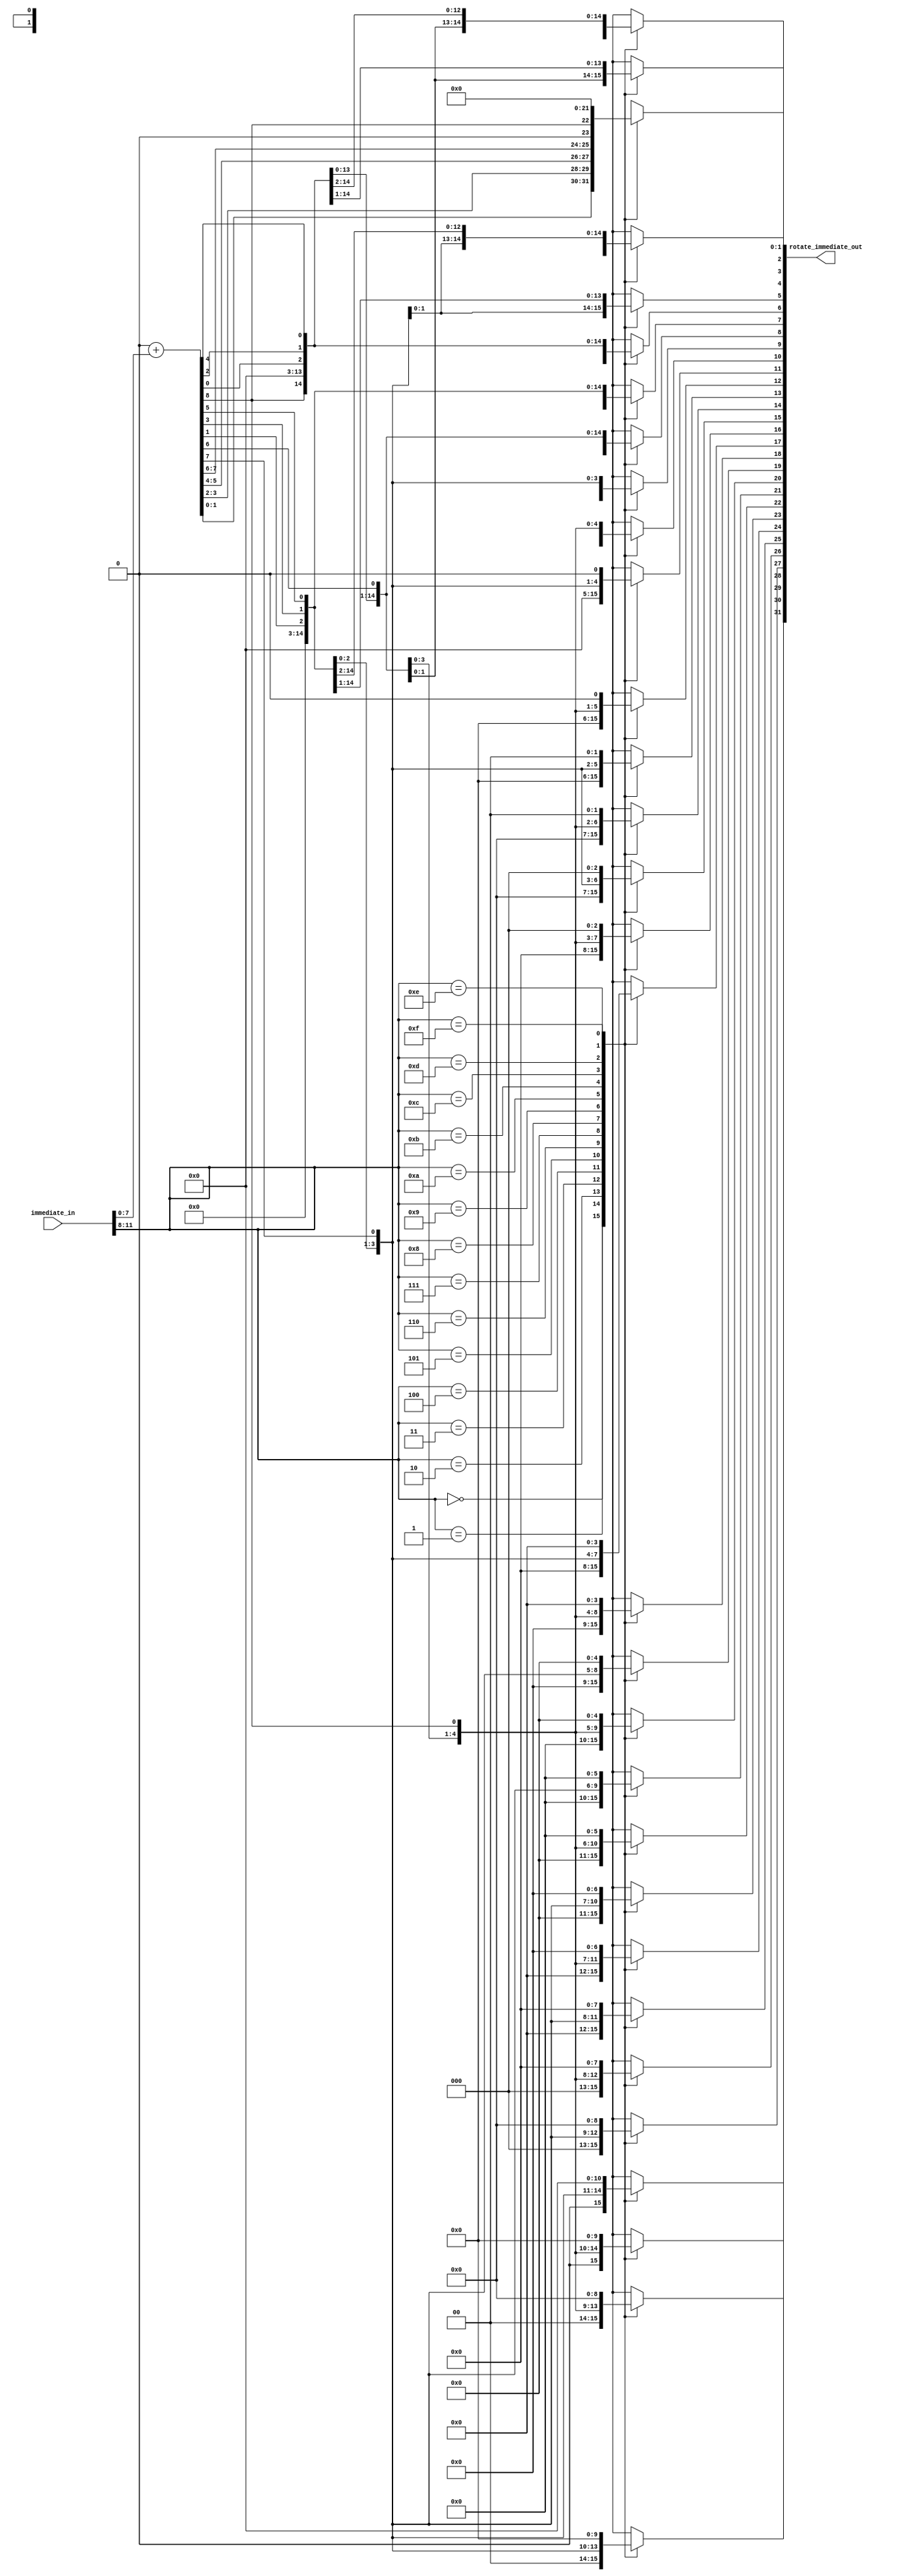
module rotate(immediate_in,rotate_immediate_out);

input [11:0]immediate_in;
output reg[31:0]rotate_immediate_out;

reg 	[31:0]extend_immediate_in;
reg 	[31:0]temp;


always@(*)begin

temp=32'b0;
extend_immediate_in=temp+immediate_in[7:0];
temp=extend_immediate_in;
	case(immediate_in[11:8])
	4'b0000:rotate_immediate_out=extend_immediate_in;
	4'b0001:begin
			  rotate_immediate_out=temp>>2;
			  rotate_immediate_out[31]=extend_immediate_in[1];
			  rotate_immediate_out[30]=extend_immediate_in[0];
			  end
	4'b0010:begin
			  rotate_immediate_out=temp>>4;
			  rotate_immediate_out[31]=extend_immediate_in[3];
			  rotate_immediate_out[30]=extend_immediate_in[2];
			  rotate_immediate_out[29]=extend_immediate_in[1];
			  rotate_immediate_out[28]=extend_immediate_in[0];
			  end
	4'b0011:begin
			  rotate_immediate_out=temp>>6;
			  rotate_immediate_out[31]=extend_immediate_in[5];
			  rotate_immediate_out[30]=extend_immediate_in[4];
			  rotate_immediate_out[29]=extend_immediate_in[3];
			  rotate_immediate_out[28]=extend_immediate_in[2];
			  rotate_immediate_out[27]=extend_immediate_in[1];
			  rotate_immediate_out[26]=extend_immediate_in[0];
			  end
	4'b0100:begin
			  rotate_immediate_out=temp>>8;
			  rotate_immediate_out[31]=extend_immediate_in[7];
			  rotate_immediate_out[30]=extend_immediate_in[6];
			  rotate_immediate_out[29]=extend_immediate_in[5];
			  rotate_immediate_out[28]=extend_immediate_in[4];
			  rotate_immediate_out[27]=extend_immediate_in[3];
			  rotate_immediate_out[26]=extend_immediate_in[2];
			  rotate_immediate_out[25]=extend_immediate_in[1];
			  rotate_immediate_out[24]=extend_immediate_in[0];
			  end
	4'b0101:begin
			  rotate_immediate_out=temp>>10;
			  rotate_immediate_out[31]=extend_immediate_in[9];
			  rotate_immediate_out[30]=extend_immediate_in[8];
			  rotate_immediate_out[29]=extend_immediate_in[7];
			  rotate_immediate_out[28]=extend_immediate_in[6];
			  rotate_immediate_out[27]=extend_immediate_in[5];
			  rotate_immediate_out[26]=extend_immediate_in[4];
			  rotate_immediate_out[25]=extend_immediate_in[3];
			  rotate_immediate_out[24]=extend_immediate_in[2];
			  rotate_immediate_out[23]=extend_immediate_in[1];
			  rotate_immediate_out[22]=extend_immediate_in[0];
			  end
	4'b0110:begin
			  rotate_immediate_out=temp>>12;
			  rotate_immediate_out[31]=extend_immediate_in[11];
			  rotate_immediate_out[30]=extend_immediate_in[10];
			  rotate_immediate_out[29]=extend_immediate_in[9];
			  rotate_immediate_out[28]=extend_immediate_in[8];
			  rotate_immediate_out[27]=extend_immediate_in[7];
			  rotate_immediate_out[26]=extend_immediate_in[6];
			  rotate_immediate_out[25]=extend_immediate_in[5];
			  rotate_immediate_out[24]=extend_immediate_in[4];
			  rotate_immediate_out[23]=extend_immediate_in[3];
			  rotate_immediate_out[22]=extend_immediate_in[2];
			  rotate_immediate_out[21]=extend_immediate_in[1];
			  rotate_immediate_out[20]=extend_immediate_in[0];
			  end
	4'b0111:begin
			  rotate_immediate_out=temp>>14;
			  rotate_immediate_out[31]=extend_immediate_in[13];
			  rotate_immediate_out[30]=extend_immediate_in[12];
			  rotate_immediate_out[29]=extend_immediate_in[11];
			  rotate_immediate_out[28]=extend_immediate_in[10];
			  rotate_immediate_out[27]=extend_immediate_in[9];
			  rotate_immediate_out[26]=extend_immediate_in[8];
			  rotate_immediate_out[25]=extend_immediate_in[7];
			  rotate_immediate_out[24]=extend_immediate_in[6];
			  rotate_immediate_out[23]=extend_immediate_in[5];
			  rotate_immediate_out[22]=extend_immediate_in[4];
			  rotate_immediate_out[21]=extend_immediate_in[3];
			  rotate_immediate_out[20]=extend_immediate_in[2];
			  rotate_immediate_out[19]=extend_immediate_in[1];
			  rotate_immediate_out[18]=extend_immediate_in[0];
			  end
	4'b1000:begin
			  rotate_immediate_out=temp>>16;
			  rotate_immediate_out[31]=extend_immediate_in[15];
			  rotate_immediate_out[30]=extend_immediate_in[14];
			  rotate_immediate_out[29]=extend_immediate_in[13];
			  rotate_immediate_out[28]=extend_immediate_in[12];
			  rotate_immediate_out[27]=extend_immediate_in[11];
			  rotate_immediate_out[26]=extend_immediate_in[10];
			  rotate_immediate_out[25]=extend_immediate_in[9];
			  rotate_immediate_out[24]=extend_immediate_in[8];
			  rotate_immediate_out[23]=extend_immediate_in[7];
			  rotate_immediate_out[22]=extend_immediate_in[6];
			  rotate_immediate_out[21]=extend_immediate_in[5];
			  rotate_immediate_out[20]=extend_immediate_in[4];
			  rotate_immediate_out[19]=extend_immediate_in[3];
			  rotate_immediate_out[18]=extend_immediate_in[2];
			  rotate_immediate_out[17]=extend_immediate_in[1];
			  rotate_immediate_out[16]=extend_immediate_in[0];
			  end
	4'b1001:begin
			  rotate_immediate_out=temp>>18;
			  rotate_immediate_out[31]=extend_immediate_in[17];
			  rotate_immediate_out[30]=extend_immediate_in[16];
			  rotate_immediate_out[29]=extend_immediate_in[15];
			  rotate_immediate_out[28]=extend_immediate_in[14];
			  rotate_immediate_out[27]=extend_immediate_in[13];
			  rotate_immediate_out[26]=extend_immediate_in[12];
			  rotate_immediate_out[25]=extend_immediate_in[11];
			  rotate_immediate_out[24]=extend_immediate_in[10];
			  rotate_immediate_out[23]=extend_immediate_in[9];
			  rotate_immediate_out[22]=extend_immediate_in[8];
			  rotate_immediate_out[21]=extend_immediate_in[7];
			  rotate_immediate_out[20]=extend_immediate_in[6];
			  rotate_immediate_out[19]=extend_immediate_in[5];
			  rotate_immediate_out[18]=extend_immediate_in[4];
			  rotate_immediate_out[17]=extend_immediate_in[3];
			  rotate_immediate_out[16]=extend_immediate_in[2];
			  rotate_immediate_out[15]=extend_immediate_in[1];
			  rotate_immediate_out[14]=extend_immediate_in[0];
			  end
	4'b1010:begin
			  rotate_immediate_out=temp>>20;
			  rotate_immediate_out[31]=extend_immediate_in[19];
			  rotate_immediate_out[30]=extend_immediate_in[18];
			  rotate_immediate_out[29]=extend_immediate_in[17];
			  rotate_immediate_out[28]=extend_immediate_in[16];
			  rotate_immediate_out[27]=extend_immediate_in[15];
			  rotate_immediate_out[26]=extend_immediate_in[14];
			  rotate_immediate_out[25]=extend_immediate_in[13];
			  rotate_immediate_out[24]=extend_immediate_in[12];
			  rotate_immediate_out[23]=extend_immediate_in[11];
			  rotate_immediate_out[22]=extend_immediate_in[10];
			  rotate_immediate_out[21]=extend_immediate_in[9];
			  rotate_immediate_out[20]=extend_immediate_in[8];
			  rotate_immediate_out[19]=extend_immediate_in[7];
			  rotate_immediate_out[18]=extend_immediate_in[6];
			  rotate_immediate_out[17]=extend_immediate_in[5];
			  rotate_immediate_out[16]=extend_immediate_in[4];
			  rotate_immediate_out[15]=extend_immediate_in[3];
			  rotate_immediate_out[14]=extend_immediate_in[2];
			  rotate_immediate_out[13]=extend_immediate_in[1];
			  rotate_immediate_out[12]=extend_immediate_in[0];
			  end
	4'b1011:begin
			  rotate_immediate_out=temp>>22;
			  rotate_immediate_out[31]=extend_immediate_in[21];
			  rotate_immediate_out[30]=extend_immediate_in[20];
			  rotate_immediate_out[29]=extend_immediate_in[19];
			  rotate_immediate_out[28]=extend_immediate_in[18];
			  rotate_immediate_out[27]=extend_immediate_in[17];
			  rotate_immediate_out[26]=extend_immediate_in[16];
			  rotate_immediate_out[25]=extend_immediate_in[15];
			  rotate_immediate_out[24]=extend_immediate_in[14];
			  rotate_immediate_out[23]=extend_immediate_in[13];
			  rotate_immediate_out[22]=extend_immediate_in[12];
			  rotate_immediate_out[21]=extend_immediate_in[11];
			  rotate_immediate_out[20]=extend_immediate_in[10];
			  rotate_immediate_out[19]=extend_immediate_in[9];
			  rotate_immediate_out[18]=extend_immediate_in[8];
			  rotate_immediate_out[17]=extend_immediate_in[7];
			  rotate_immediate_out[16]=extend_immediate_in[6];
			  rotate_immediate_out[15]=extend_immediate_in[5];
			  rotate_immediate_out[14]=extend_immediate_in[4];
			  rotate_immediate_out[13]=extend_immediate_in[3];
			  rotate_immediate_out[12]=extend_immediate_in[2];
			  rotate_immediate_out[11]=extend_immediate_in[1];
			  rotate_immediate_out[10]=extend_immediate_in[0];
			  end
	4'b1100:begin
			  rotate_immediate_out=temp>>24;
			  rotate_immediate_out[31]=extend_immediate_in[23];
			  rotate_immediate_out[30]=extend_immediate_in[22];
			  rotate_immediate_out[29]=extend_immediate_in[21];
			  rotate_immediate_out[28]=extend_immediate_in[20];
			  rotate_immediate_out[27]=extend_immediate_in[19];
			  rotate_immediate_out[26]=extend_immediate_in[18];
			  rotate_immediate_out[25]=extend_immediate_in[17];
			  rotate_immediate_out[24]=extend_immediate_in[16];
			  rotate_immediate_out[23]=extend_immediate_in[15];
			  rotate_immediate_out[22]=extend_immediate_in[14];
			  rotate_immediate_out[21]=extend_immediate_in[13];
			  rotate_immediate_out[20]=extend_immediate_in[12];
			  rotate_immediate_out[19]=extend_immediate_in[11];
			  rotate_immediate_out[18]=extend_immediate_in[10];
			  rotate_immediate_out[17]=extend_immediate_in[9];
			  rotate_immediate_out[16]=extend_immediate_in[8];
			  rotate_immediate_out[15]=extend_immediate_in[7];
			  rotate_immediate_out[14]=extend_immediate_in[6];
			  rotate_immediate_out[13]=extend_immediate_in[5];
			  rotate_immediate_out[12]=extend_immediate_in[4];
			  rotate_immediate_out[11]=extend_immediate_in[3];
			  rotate_immediate_out[10]=extend_immediate_in[2];
			  rotate_immediate_out[9]=extend_immediate_in[1];
			  rotate_immediate_out[8]=extend_immediate_in[0];
			  end
	4'b1101:begin
			  rotate_immediate_out=temp>>26;
			  rotate_immediate_out[31]=extend_immediate_in[25];
			  rotate_immediate_out[30]=extend_immediate_in[24];
			  rotate_immediate_out[29]=extend_immediate_in[23];
			  rotate_immediate_out[28]=extend_immediate_in[22];
			  rotate_immediate_out[27]=extend_immediate_in[21];
			  rotate_immediate_out[26]=extend_immediate_in[20];
			  rotate_immediate_out[25]=extend_immediate_in[19];
			  rotate_immediate_out[24]=extend_immediate_in[18];
			  rotate_immediate_out[23]=extend_immediate_in[17];
			  rotate_immediate_out[22]=extend_immediate_in[16];
			  rotate_immediate_out[21]=extend_immediate_in[15];
			  rotate_immediate_out[20]=extend_immediate_in[14];
			  rotate_immediate_out[19]=extend_immediate_in[13];
			  rotate_immediate_out[18]=extend_immediate_in[12];
			  rotate_immediate_out[17]=extend_immediate_in[11];
			  rotate_immediate_out[16]=extend_immediate_in[10];
			  rotate_immediate_out[15]=extend_immediate_in[9];
			  rotate_immediate_out[14]=extend_immediate_in[8];
			  rotate_immediate_out[13]=extend_immediate_in[7];
			  rotate_immediate_out[12]=extend_immediate_in[6];
			  rotate_immediate_out[11]=extend_immediate_in[5];
			  rotate_immediate_out[10]=extend_immediate_in[4];
			  rotate_immediate_out[9]=extend_immediate_in[3];
			  rotate_immediate_out[8]=extend_immediate_in[2];
			  rotate_immediate_out[7]=extend_immediate_in[1];
			  rotate_immediate_out[6]=extend_immediate_in[0];
			  end
	4'b1110:begin
			  rotate_immediate_out=temp>>28;
			  rotate_immediate_out[31]=extend_immediate_in[27];
			  rotate_immediate_out[30]=extend_immediate_in[26];
			  rotate_immediate_out[29]=extend_immediate_in[25];
			  rotate_immediate_out[28]=extend_immediate_in[24];
			  rotate_immediate_out[27]=extend_immediate_in[23];
			  rotate_immediate_out[26]=extend_immediate_in[22];
			  rotate_immediate_out[25]=extend_immediate_in[21];
			  rotate_immediate_out[24]=extend_immediate_in[20];
			  rotate_immediate_out[23]=extend_immediate_in[19];
			  rotate_immediate_out[22]=extend_immediate_in[18];
			  rotate_immediate_out[21]=extend_immediate_in[17];
			  rotate_immediate_out[20]=extend_immediate_in[16];
			  rotate_immediate_out[19]=extend_immediate_in[15];
			  rotate_immediate_out[18]=extend_immediate_in[14];
			  rotate_immediate_out[17]=extend_immediate_in[13];
			  rotate_immediate_out[16]=extend_immediate_in[12];
			  rotate_immediate_out[15]=extend_immediate_in[11];
			  rotate_immediate_out[14]=extend_immediate_in[10];
			  rotate_immediate_out[13]=extend_immediate_in[9];
			  rotate_immediate_out[12]=extend_immediate_in[8];
			  rotate_immediate_out[11]=extend_immediate_in[7];
			  rotate_immediate_out[10]=extend_immediate_in[6];
			  rotate_immediate_out[9]=extend_immediate_in[5];
			  rotate_immediate_out[8]=extend_immediate_in[4];
			  rotate_immediate_out[7]=extend_immediate_in[3];
			  rotate_immediate_out[6]=extend_immediate_in[2];
			  rotate_immediate_out[5]=extend_immediate_in[1];
			  rotate_immediate_out[4]=extend_immediate_in[0];
			  end
	4'b1111:begin
			  rotate_immediate_out=temp>>30;
			  rotate_immediate_out[31]=extend_immediate_in[29];
			  rotate_immediate_out[30]=extend_immediate_in[28];
			  rotate_immediate_out[29]=extend_immediate_in[27];
			  rotate_immediate_out[28]=extend_immediate_in[26];
			  rotate_immediate_out[27]=extend_immediate_in[25];
			  rotate_immediate_out[26]=extend_immediate_in[24];
			  rotate_immediate_out[25]=extend_immediate_in[23];
			  rotate_immediate_out[24]=extend_immediate_in[22];
			  rotate_immediate_out[23]=extend_immediate_in[21];
			  rotate_immediate_out[22]=extend_immediate_in[20];
			  rotate_immediate_out[21]=extend_immediate_in[19];
			  rotate_immediate_out[20]=extend_immediate_in[18];
			  rotate_immediate_out[19]=extend_immediate_in[17];
			  rotate_immediate_out[18]=extend_immediate_in[16];
			  rotate_immediate_out[17]=extend_immediate_in[15];
			  rotate_immediate_out[16]=extend_immediate_in[14];
			  rotate_immediate_out[15]=extend_immediate_in[13];
			  rotate_immediate_out[14]=extend_immediate_in[12];
			  rotate_immediate_out[13]=extend_immediate_in[11];
			  rotate_immediate_out[12]=extend_immediate_in[10];
			  rotate_immediate_out[11]=extend_immediate_in[9];
			  rotate_immediate_out[10]=extend_immediate_in[8];
			  rotate_immediate_out[9]=extend_immediate_in[7];
			  rotate_immediate_out[8]=extend_immediate_in[6];
			  rotate_immediate_out[7]=extend_immediate_in[5];
			  rotate_immediate_out[6]=extend_immediate_in[4];
			  rotate_immediate_out[5]=extend_immediate_in[3];
			  rotate_immediate_out[4]=extend_immediate_in[2];
			  rotate_immediate_out[3]=extend_immediate_in[1];
			  rotate_immediate_out[2]=extend_immediate_in[0];
			  end
	endcase

end

endmodule